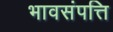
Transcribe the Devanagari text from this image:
भावसंपत्ति